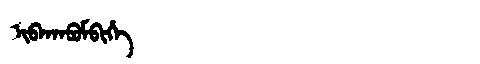
Manchu: ᡳᠪᠠᡴᠠᠪᡠᠮᠪᡳᡥᡝ
Romanization: IBAKABUMBIHE